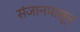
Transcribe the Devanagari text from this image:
संजानपासून